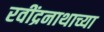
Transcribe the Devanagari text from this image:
रवींद्रनाथाच्या